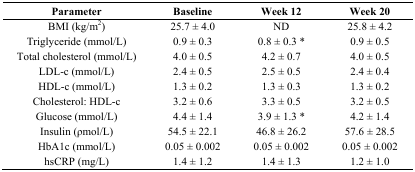
| Parameter | Baseline | Week 12 | Week 20 |
 | --- | --- | --- | --- |
 | BMI (kg/m2) | 25.7 ± 4.0 | ND | 25.8 ± 4.2 |
 | Triglyceride (mmol/L) | 0.9 ± 0.3 | 0.8 ± 0.3 * | 0.9 ± 0.5 |
 | Total cholesterol (mmol/L) | 4.0 ± 0.5 | 4.2 ± 0.7 | 4.0 ± 0.5 |
 | LDL-c (mmol/L) | 2.4 ± 0.5 | 2.5 ± 0.5 | 2.4 ± 0.4 |
 | HDL-c (mmol/L) | 1.3 ± 0.2 | 1.3 ± 0.3 | 1.3 ± 0.2 |
 | Cholesterol: HDL-c | 3.2 ± 0.6 | 3.3 ± 0.5 | 3.2 ± 0.5 |
 | Glucose (mmol/L) | 4.4 ± 1.4 | 3.9 ± 1.3 * | 4.2 ± 1.4 |
 | Insulin (ρmol/L) | 54.5 ± 22.1 | 46.8 ± 26.2 | 57.6 ± 28.5 |
 | HbA1c (mmol/L) | 0.05 ± 0.002 | 0.05 ± 0.002 | 0.05 ± 0.002 |
 | hsCRP (mg/L) | 1.4 ± 1.2 | 1.4 ± 1.3 | 1.2 ± 1.0 |